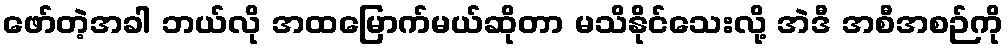
ဖော်တဲ့အခါ ဘယ်လို အထမြောက်မယ်ဆိုတာ မသိနိုင်သေးလို့ အဲဒီ အစီအစဉ်ကို